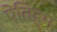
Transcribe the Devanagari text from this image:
ऐतिह्म